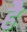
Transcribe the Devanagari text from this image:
हेेै